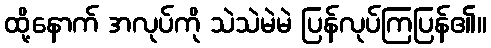
ထို့နောက် အလုပ်ကို သဲသဲမဲမဲ ပြန်လုပ်ကြပြန်၏။